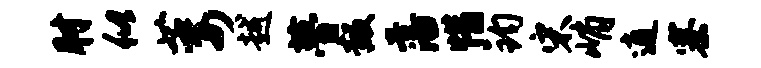
肘似萎越瞢叛藩惜钧宋峭逍寨